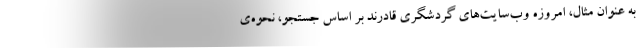
به عنوان مثال، امروزه وب‌سایت‌های گردشگری قادرند بر اساس جستجو، نحوه‌ی